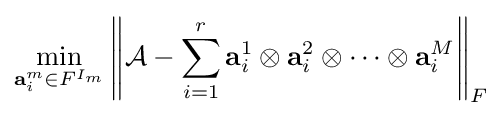
\min _{\mathbf {a} _{i}^{m}\in F^{I_{m}}}\left\|{\mathcal {A}}-\sum _{i=1}^{r}\mathbf {a} _{i}^{1}\otimes \mathbf {a} _{i}^{2}\otimes \cdots \otimes \mathbf {a} _{i}^{M}\right\|_{F}